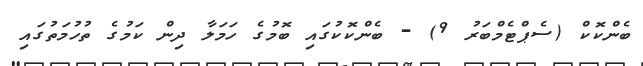
ބެންކޮކް (ސެޕްޓެމްބަރު 9) - ބެންކޮކުގައި ބޮމުގެ ހަަމަލާ ދިން ކަމުގެ ތުހުމަތުގައި